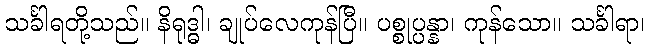
သင်္ခါရတို့သည်။ နိရုဒ္ဓါ၊ ချုပ်လေကုန်ပြီ။ ပစ္စုပ္ပန္နာ၊ ကုန်သော။ သင်္ခါရာ၊